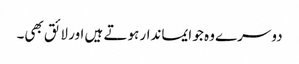
دوسرے وہ جو ایماندار ہوتے ہیں اور لائق بھی۔